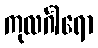
ကုလင်္ဂါရော